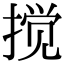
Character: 搅